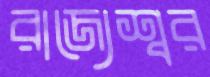
রাজ্যেশ্বর